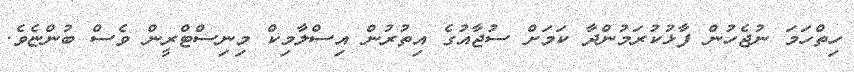
ހިތްހަމަ ނުޖެހުން ފާޅުކުރަމުންދާ ކަމަށް ސުޖާއުގެ އިތުރުން އިސްލާމިކް މިނިސްޓްރީން ވެސް ބުންޏެވެ.